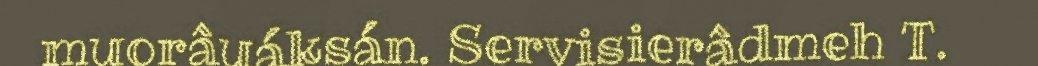
muorâuáksán. Servisierâdmeh T.